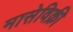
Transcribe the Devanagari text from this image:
मासेविक्री